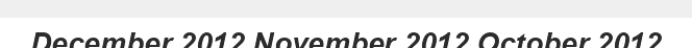
December 2012 November 2012 October 2012